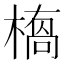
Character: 𭫥